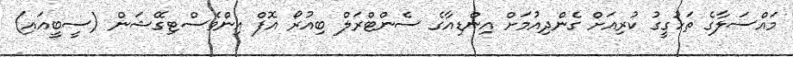
މައްސަލާގެ ތަހުގީގު ކުރިއަށް ގެންދިއުމަށް އިންޑިއާގެ ސެންޓްރަލް ބިއުރޯ އޮފް އިންވެސްޓިގޭޝަން (ސީބީއައި)